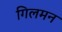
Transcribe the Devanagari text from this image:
गिलमन